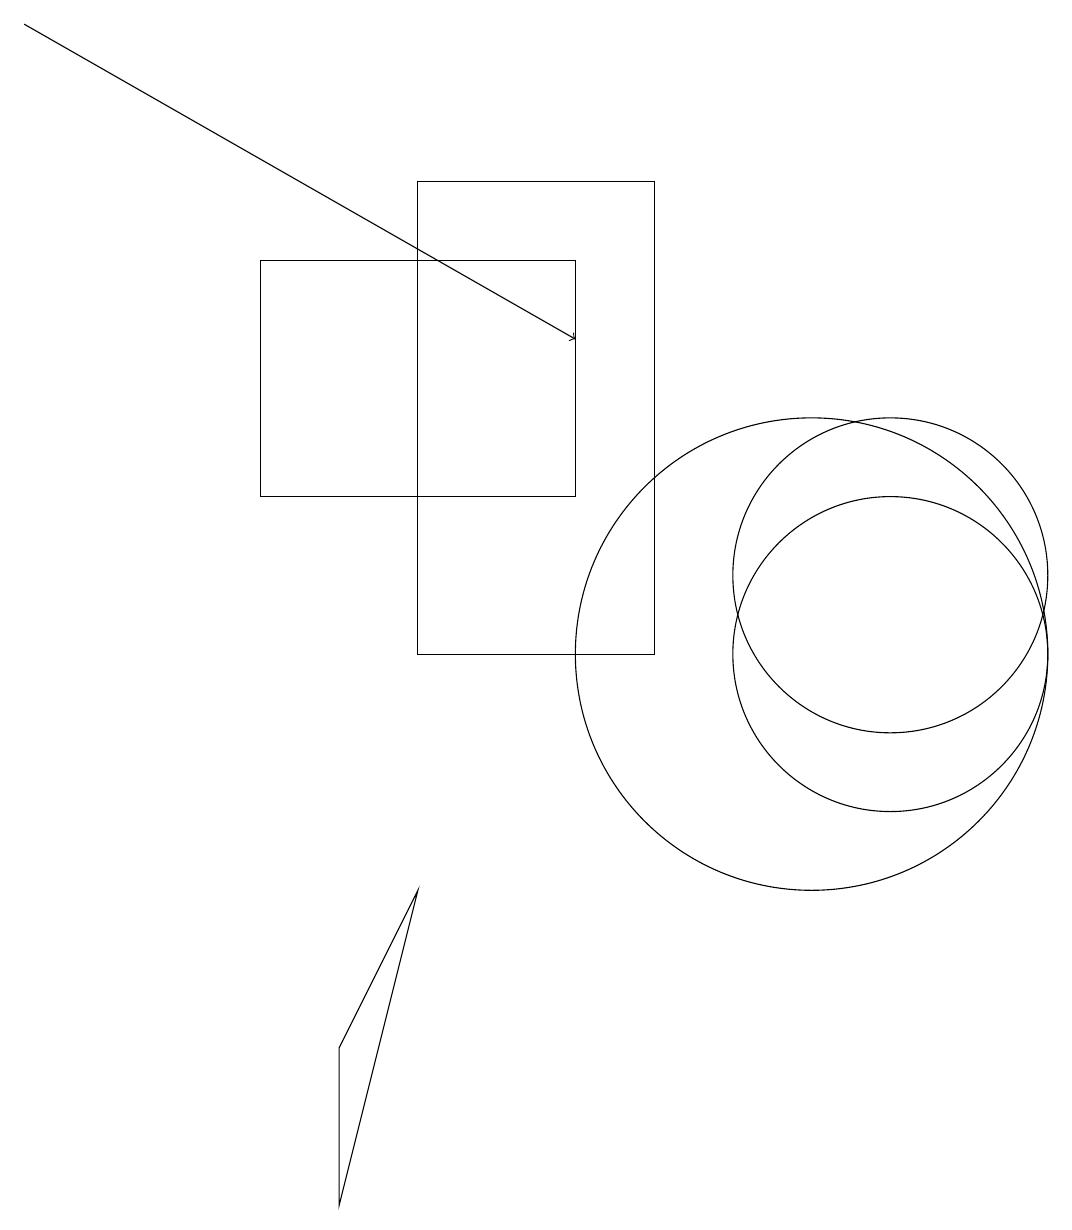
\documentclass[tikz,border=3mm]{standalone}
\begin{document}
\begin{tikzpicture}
\draw (11,11) circle (2);
\draw (10,10) circle (3);
\draw (5,10) rectangle (8,16);
\draw (4,5) -- (5,7) -- (4,3) -- cycle;
\draw[->] (0,18) -- (7,14);
\draw (11,10) circle (2);
\draw (7,15) rectangle (3,12);
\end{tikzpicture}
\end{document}